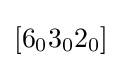
[6_{0}3_{0}2_{0}]